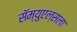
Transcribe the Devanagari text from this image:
सॅम्युएल्सला